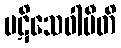
ပဋိသေဝါမီတိ